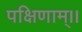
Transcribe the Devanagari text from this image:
पक्षिणाम्।।